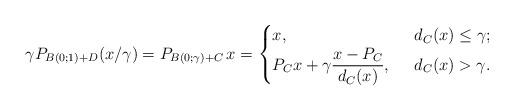
LaTeX: \begin{align*}\gamma P_{B(0;1)+D}(x/\gamma)=P_{B(0;\gamma)+C}\,x=\begin{cases}x,&\;\;d_{C}(x)\leq\gamma;\\P_{C}x+\gamma\dfrac{x-P_{C}}{d_{C}(x)},&\;\;d_{C}(x)>\gamma.\end{cases}\end{align*}